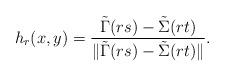
LaTeX: \begin{align*}h_r(x,y) = \frac{\tilde{\Gamma}(rs) - \tilde{\Sigma}(rt)}{\| \tilde{\Gamma}(rs) - \tilde{\Sigma}(rt)\|}.\end{align*}